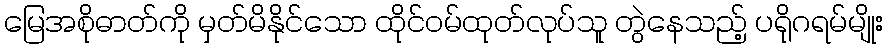
မြေအစိုဓာတ်ကို မှတ်မိနိုင်သော ထိုင်ဝမ်ထုတ်လုပ်သူ တွဲနေသည့် ပရိုဂရမ်မျိုး